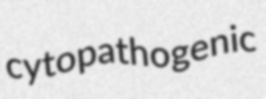
cytopathogenic